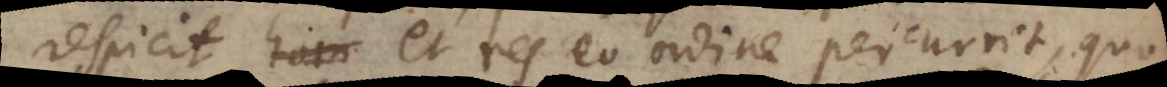
respicit, hom et res eo ordine percurrit, quo